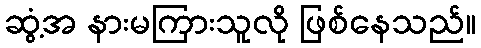
ဆွံ့အ နားမကြားသူလို ဖြစ်နေသည်။